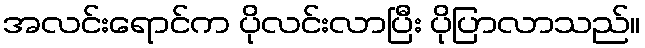
အလင်းရောင်က ပိုလင်းလာပြီး ပိုပြာလာသည်။